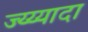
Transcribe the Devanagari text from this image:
ज्य्य्यादा